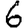
Digit: 6